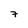
Character: 7